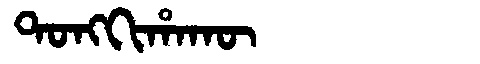
Manchu: ᡨᠣᠩᡴᡳᡥᠠᡴᡡ
Romanization: TONGKIHAKŪ